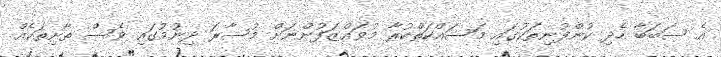
އެ ސަބަބާ ހެދި ކުންފުނިތަކުގައި މަސައްކަތްކުރާ މުވައްޒަފުންނަށް މުސާރަ ދިނުމުގައި ވެސް ތާށިތަކެއް